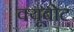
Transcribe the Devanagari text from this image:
क्यूबोट